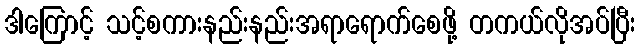
ဒါကြောင့် သင့်စကားနည်းနည်းအရာရောက်စေဖို့ တကယ်လိုအပ်ပြီး